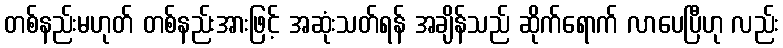
တစ်နည်းမဟုတ် တစ်နည်းအားဖြင့် အဆုံးသတ်ရန် အချိန်သည် ဆိုက်ရောက် လာပေပြီဟု လည်း